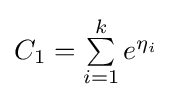
{\textstyle C_{1}=\sum \limits _{i=1}^{k}e^{\eta _{i}}}